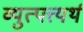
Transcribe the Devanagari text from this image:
व्युत्पत्त्यर्थ